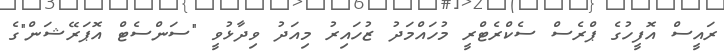
ރައީސް އޮފީހުގެ ޕްރެސް ސެކްރެޓްރީ މުހައްމަދު ޒުހައިރު މިއަދު ވިދާޅުވީ "ސަންސެޓް އޮޕަރޭޝަން"ގެ